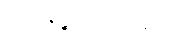
အာနေဉ္ဇာဘိသင်္ခါရော